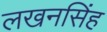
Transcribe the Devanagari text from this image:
लखनसिंह